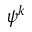
\psi ^ { k }